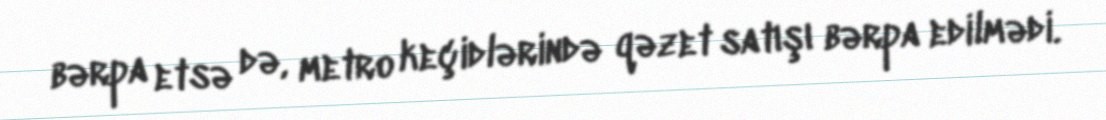
bərpa etsə də, metro keçidlərində qəzet satışı bərpa edilmədi.